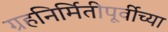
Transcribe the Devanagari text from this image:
ग्रहनिर्मितीपूर्वीच्या